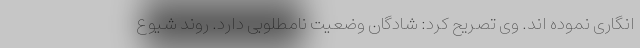
انگاری نموده اند. وی تصریح کرد: شادگان وضعیت نامطلوبی دارد. روند شیوع